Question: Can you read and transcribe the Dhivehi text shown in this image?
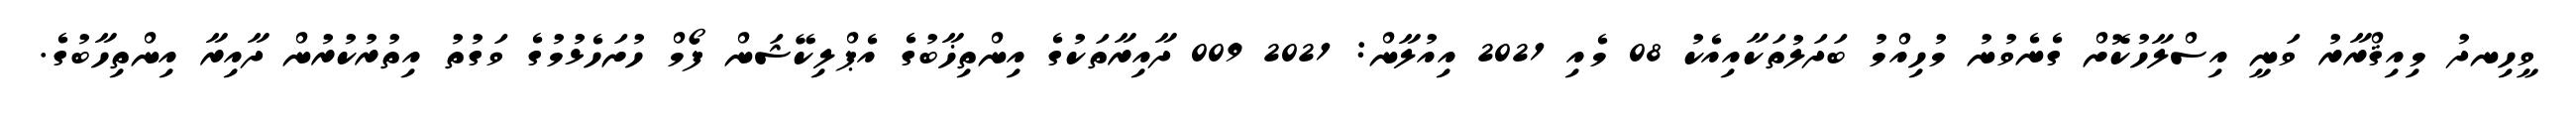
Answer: ވީހިނދު މިއިޤްރާރު ވަނީ އިސްލާހުކޮށް ގެނެވުނު މުހިއްމު ބަދަލުތަކާއިއެކު 08 މެއި 2021 އިއުލާން: 2021 009 ދާއިރާތަކުގެ އިންތިޚާބުގެ އެޕްލިކޭޝަން ފޯމް ހުށަހެޅުމުގެ ވަގުތު އިތުރުކުރުން ދާއިރާ އިންތިހާބުގެ.